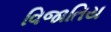
વિજાતિય